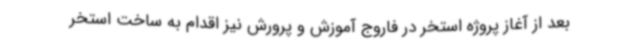
بعد از آغاز پروژه استخر در فاروج آموزش و پرورش نیز اقدام به ساخت استخر